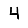
Digit: 4